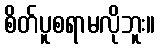
စိတ်ပူစရာမလိုဘူး။